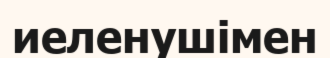
иеленушімен